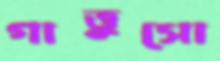
গাত্তুসো